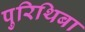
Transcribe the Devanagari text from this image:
पुरिथिबा